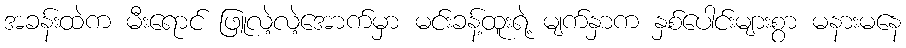
အခန်းထဲက မီးရောင် ဖြူလဲ့လဲ့အောက်မှာ မင်းခန့်ထူးရဲ့ မျက်နှာက နှစ်ပေါင်းများစွာ မနားမနေ